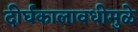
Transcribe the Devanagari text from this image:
दीर्घकालावधीमुळे